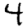
Digit: 4